Annual administration report of the Civil Veterinary Department of India - 1898-1899
Year: 1898
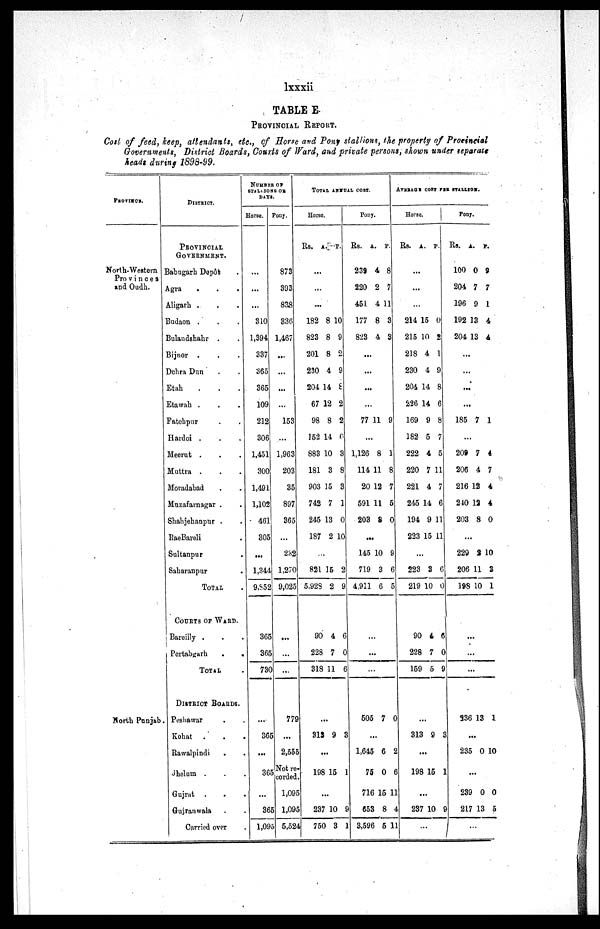
lxxxii
TABLE E.
PROVINCIAL REPORT.
Cost of feed, keep, attendants, etc., of Horse and Pony stallions, the property of Provincial
Governments, District Boards, Courts of Ward, and private persons, shown under separate
heads during 1898-99.
PROVINCS.
North-Western
Provinces
and Oudh.
North Punjab.
DISTRICT.
PROVINCIAL
GOVERNMENT.
Babugarh Depôt .
Agra . . .
Aligarh . . .
Budaon . . .
Bulaudshahr . .
Bijnor . . .
Debra Dun . .
Etah . . .
Etawah . . .
Fatehpur . .
Hardoi . . .
Meerut . . .
Muttra . . .
Moradabad . .
Muzafarnagar . .
Shahjehanpur . .
RaeBareli .
Sultanpur .
Saharanpur .
TOTAL .
COURTS OF WARD.
Bareilly . . .
Pertabgarh
.
.
TOTAL .
DISTRICT BOARDS.
Peshawar . .
Kohat . . .
Rawalpindi . .
Jhelnm . . .
Gujrat .
. .
Gujranwala . .
Carried over .
NUMBER OF
STALOIONS OR
DAYS.
Horse.
...
...
...
310
1,394
337
365
365
109
212
306
1,451
300
1,491
1,102
461
305
...
1,344
9,852
365
365
730
...
365
...
365
...
365
1,095
Pony.
873
393
838
336
1,467
...
...
...
...
153
...
1,963
203
35
897
365
...
232
1,270
9,025
...
...
...
779
...
2,555
Not re
corded
1,095
1,095
5,524
TOTAL ANNUAL COST.
Horse.
Rs.
A. P.
...
...
...
182
823
201
230
204 1
67 1
98
152 1
883 1
181
903 1
742
245 1
187
8 1
8
8
4
4 8
2
8
4
0
3
5
7
3
2 1
0
9
2
9
2
2
0
3
8
3
1
0
0
...
821
5,928
15
2
2
9
90
228
318
4
7
11
6
0
6
...
313 9 3
...
198 15 1
...
237
750
10
3
9
1
Pony.
Rs.
A. P.
239
220
451
177
823
4
2
4
8
4
8
7
11
3
3
...
...
...
...
77 1 1 9
...
1,126
114 1
20 1
591 1
203
8
1
2
1
8
1
8
7
5
0
...
145
719
4,911
10
3
6
9
6
5
...
...
...
505 7 0
...
1,645
75
716
653
3,596
6
0
15
8
5
2
6
11
4
11
AVERAGE COST PER STALLION.
Horse.
Rs.
A. P.
...
...
...
214
215
218
230
204
226
169
182
222
220
221
245
194
223
15
10
4
4
14
14
9
5
4
7
4
14
9
15
0
2
1
9
8
6
8
7
5
11
7
6
11
11
...
223
219
3
10
6
0
90
228
159
4
7
5
6
0
9
...
313 9 3
...
198 15 1
...
237 10 9
...
Pony.
Rs.
A. P.
100
204
196
192
204
0
7
9
13
13
9
7
1
4
4
...
...
...
...
185 7 1
...
209
206
216
240
203
7
4
12
12
8
4
7
4
4
0
...
229
206
198
2 1
11
10
0
3
1
...
...
...
936 13 1
..
.
235 0 10
...
239
217
0
13
0
5
...